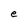
Character: e